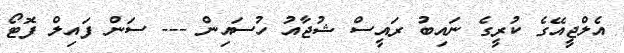
އެލްޖީއޭގެ ކުރީގެ ނައިބު ރައީސް ޝުޖާއު ހުސައިން --- ސަން ފައިލް ފޮޓޯ